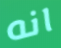
انه